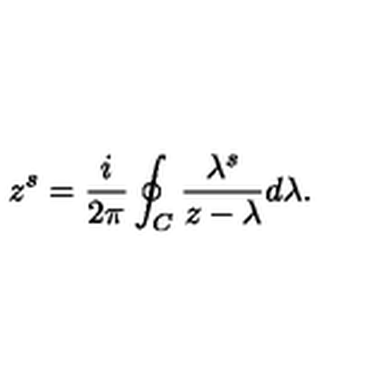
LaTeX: z ^ { s } = \frac { i } { 2 \pi } \oint _ { C } \frac { \lambda ^ { s } } { z - \lambda } d \lambda .